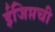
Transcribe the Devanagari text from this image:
ईजिप्तची